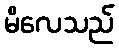
မိလေသည်